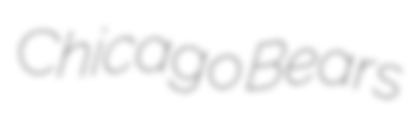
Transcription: Chicago Bears